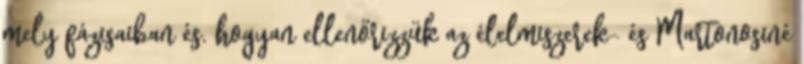
mely fázisaiban és. hogyan ellenőrizzük az élelmiszerek- és Martonosiné